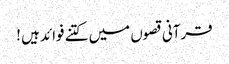
قرآنی قصوں میں کتنے فوائد ہیں !